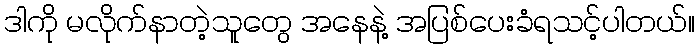
ဒါကို မလိုက်နာတဲ့သူတွေ အနေနဲ့ အပြစ်ပေးခံရသင့်ပါတယ်။